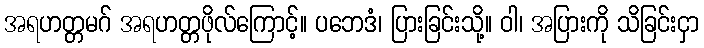
အရဟတ္တမဂ် အရဟတ္တဖိုလ်ကြောင့်။ ပဘေဒံ၊ ပြားခြင်းသို့။ ဝါ၊ အပြားကို သိခြင်းငှာ